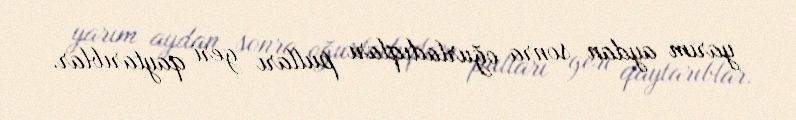
yarım aydan sonra oğurladıqları pulları geri qaytarıblar.